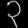
Digit: ၃